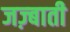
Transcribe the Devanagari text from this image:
जज़्बाती